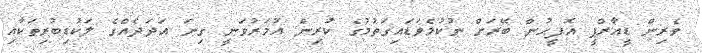
ވެރިން ޑީއާރްޕީ އޮފީހުން ބޭރަށް ނުކުމެވަޑައިގަތުމުގެ ކުރިން އުމަރުވަނީ ގިނަ އަދަދެއްގެ ލަކުޑިބުރިތަކާއި